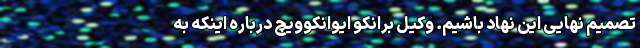
تصمیم نهایی این نهاد باشیم. وکیل برانکو ایوانکوویچ درباره اینکه به